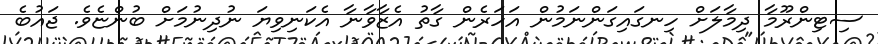
ސިޓިންރޫމާ ދިމާލަށް ހިނގައިގަންނަމުން އަހަރެން ގާތު އެޒާވާނާ އެކަނިވިޔަ ނުދިނުމަށް ބުންޏެވެ. ޖައުބެ